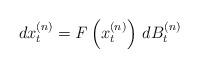
LaTeX: \begin{align*}dx^{(n)}_t = \textrm{\emph{F}}\left(x^{(n)}_t\right)\,dB^{(n)}_t\end{align*}